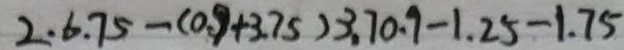
2 . 6 . 7 5 - ( 0 . 9 + 3 . 7 5 ) 3 . 7 0 . 9 - 1 . 2 5 - 1 . 7 5